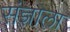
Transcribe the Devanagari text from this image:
संज्ञाला